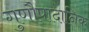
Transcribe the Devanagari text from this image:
गुणौपादानिक